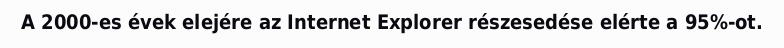
A 2000-es évek elejére az Internet Explorer részesedése elérte a 95%-ot.